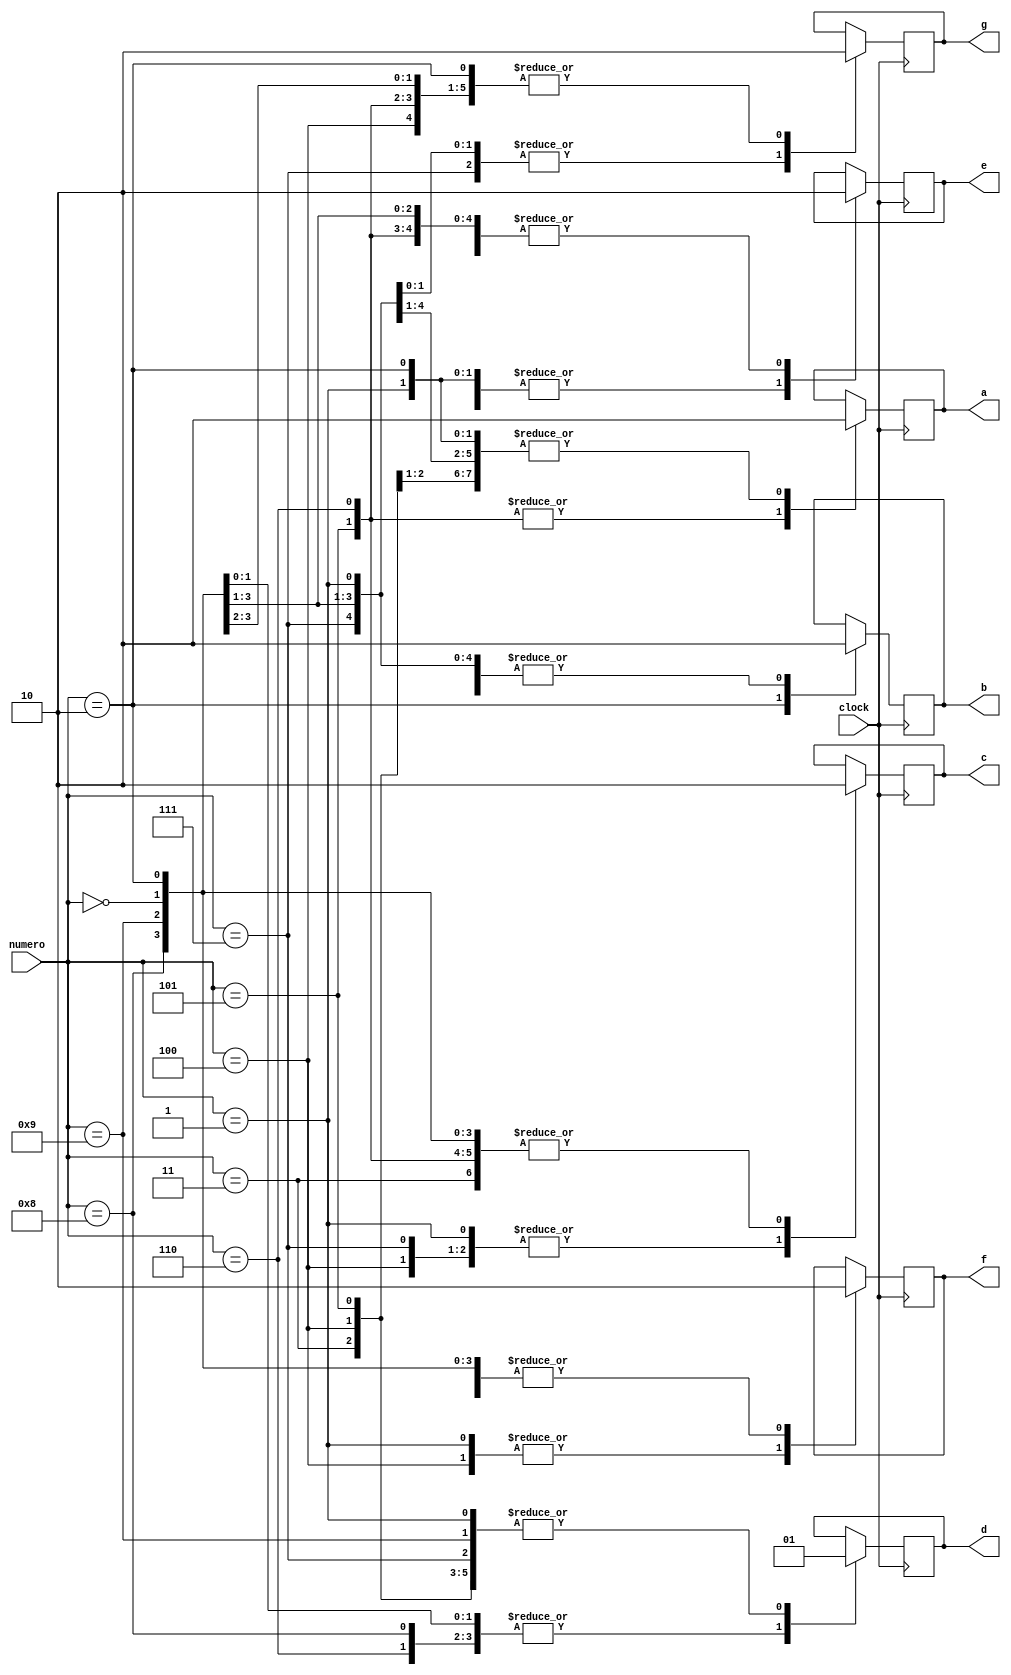
module decodificador(numero, a, b, c, d, e, f, g, clock);
input [3:0]numero;
input clock;
output reg a, b, c, d, e, f, g;


always @(posedge clock) begin
	case(numero)
		0 : begin a <= 0 ; b <= 0 ; c <= 0 ; d <= 0 ; e <= 0 ; f <= 0 ; g <= 1 ;end
		1 : begin a <= 0 ; b <= 0 ; c <= 1 ; d <= 1 ; e <= 1 ; f <= 1 ; g <= 1 ;end
		2 : begin a <= 0 ; b <= 1 ; c <= 0 ; d <= 0 ; e <= 1 ; f <= 0 ; g <= 0 ;end
		3 : begin a <= 0 ; b <= 0 ; c <= 0 ; d <= 1 ; e <= 1 ; f <= 0 ; g <= 0 ;end
		4 : begin a <= 0 ; b <= 0 ; c <= 1 ; d <= 1 ; e <= 0 ; f <= 1 ; g <= 0 ;end
		5 : begin a <= 1 ; b <= 0 ; c <= 0 ; d <= 1 ; e <= 0 ; f <= 0 ; g <= 0 ;end
		6 : begin a <= 1 ; b <= 0 ; c <= 0 ; d <= 0 ; e <= 0 ; f <= 0 ; g <= 0 ;end
		7 : begin a <= 0 ; b <= 0 ; c <= 1 ; d <= 1 ; e <= 1 ; f <= 0 ; g <= 1 ;end
		8 : begin a <= 0 ; b <= 0 ; c <= 0 ; d <= 0 ; e <= 0 ; f <= 0 ; g <= 0 ;end
		9 :	begin a <= 0 ; b <= 0 ; c <= 0 ; d <= 1 ; e <= 0 ; f <= 0 ; g <= 0 ;end
	endcase
end

endmodule